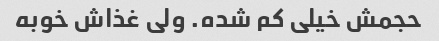
حجمش خیلی کم شده. ولی غذاش خوبه